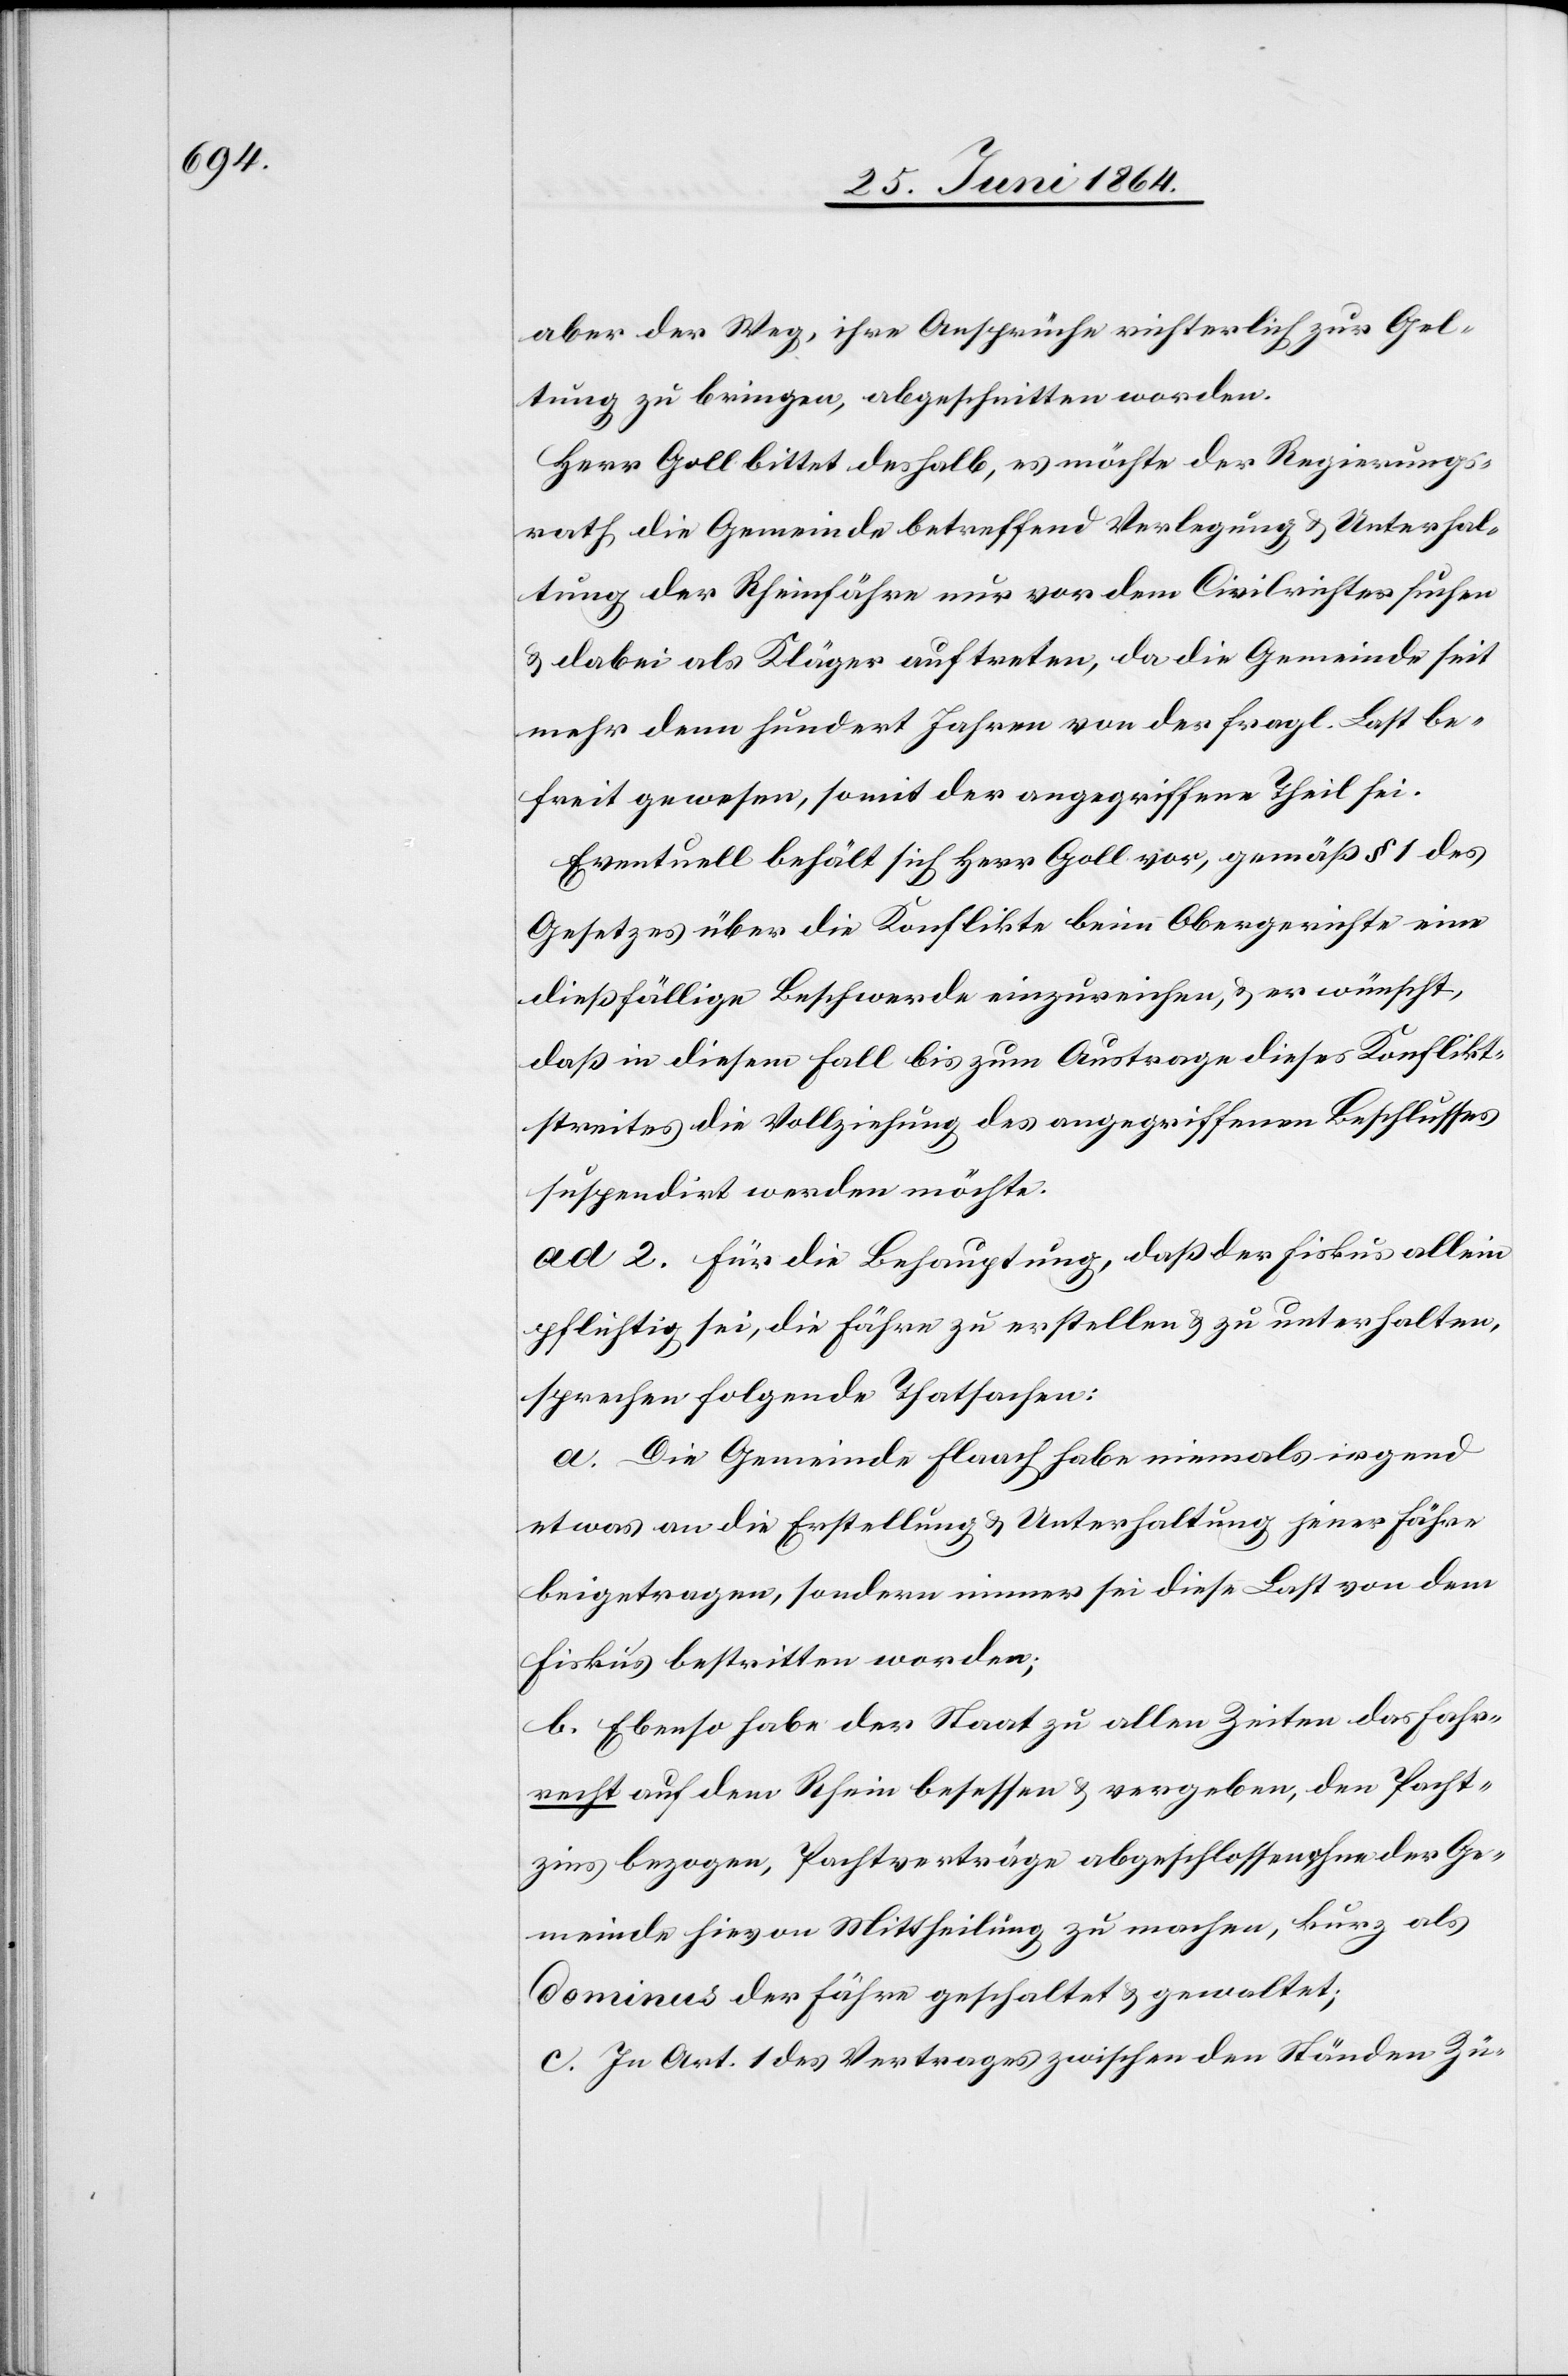
aber der Weg, ihre Ansprüche richterlich zur Gel¬
tung zu bringen, abgeschnitten worden.
Herr Goll bittet deshalb, es möchte der Regierungs¬
rath die Gemeinde betreffend Verlegung u. Unterhal¬
tung der Rheinfähre nur vor dem Civilrichter suchen
u. dabei als Kläger auftreten, da die Gemeinde seit
mehr denn hundert Jahren von der fragl. Last be¬
freit gewesen, somit der angegriffene Theil sei.
Eventuell behält sich Herr Goll vor, gemäß § 1 des
Gesetzes über die Konflikte beim Obergerichte eine
dießfällige Beschwerde einzureichen, u. er wünscht,
daß in diesem Fall bis zum Austrage dieses Konflikt¬
streites die Vollziehung des angegriffenen Beschlusses
suspendirt werden möchte.
ad. 2. Für die Behauptung, daß der Fiskus allein
pflichtig sei, die Fähre zu erstellen u. zu unterhalten,
sprechen folgende Thatsachen:
a. Die Gemeinde Flaach habe niemals irgend
etwas an die Erstellung u. Unterhaltung jener Fähre
beigetragen, sondern immer sei diese Last von dem
Fiskus bestritten worden;
b. Ebenso habe der Staat zu allen Zeiten das Fahr¬
recht auf dem Rhein besessen u. vergeben, den Pacht¬
zins bezogen, Pachtverträge abgeschlossen ohne der Ge¬
meinde hievon Mittheilung zu machen, kurz als
dominus der Fähre geschaltet u. gewaltet;
c. In Art 1 des Vertrages zwischen den Ständen Zü-